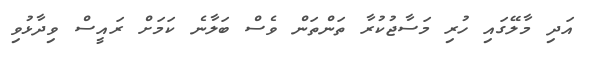
އަދި މާލޭގައި ހުރި މަސާޖުކުރާ ތަންތަން ވެސް ބަލާނެ ކަމަށް ރައީސް ވިދާޅުވި